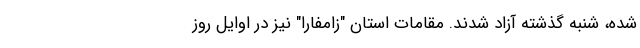
شده، شنبه گذشته آزاد شدند. مقامات استان "زامفارا" نیز در اوایل روز